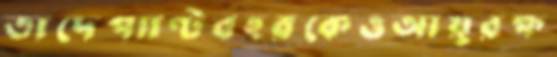
তাদেপ্যাণ্টবহরকেওআয়ুরক্ষ